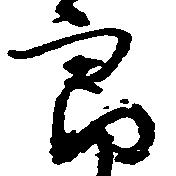
郎